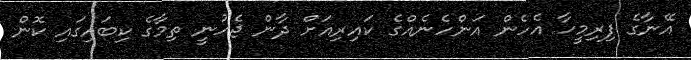
އޭނާގެ ފިރިމީހާ އެހެން އަންހެނެއްގެ ކައިރިއަށް ދާން ޖެހުނީ ތިމާގެ ކިބައިގައި ކޮން